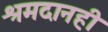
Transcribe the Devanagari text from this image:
श्रमदानही